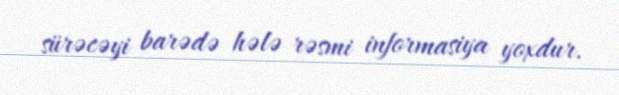
sürəcəyi barədə hələ rəsmi informasiya yoxdur.